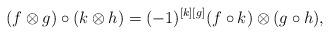
LaTeX: \begin{align*} (f\otimes g)\circ(k\otimes h)=(-1)^{[k][g]}(f\circ k)\otimes (g\circ h),\end{align*}